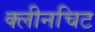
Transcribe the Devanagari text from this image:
क्लीनचिट